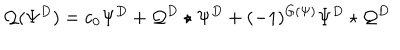
LaTeX: \mathcal { Q } ( \Psi ^ { D } ) = c _ { 0 } \Psi ^ { D } + \mathcal { Q } ^ { D } \star \Psi ^ { D } + ( - 1 ) ^ { G ( \Psi ) } \Psi ^ { D } \star \mathcal { Q } ^ { D }